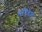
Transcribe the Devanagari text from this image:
संनिवेल